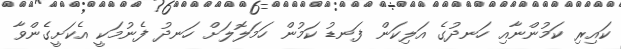
ކައިރި ކަމުންނާއި ހަނދުގެ އަލިކަން ފަނޑު ކަމުން ހަމަލޮލަށް ހަނދު ފެނުމަކީ އެކަށީގެންވާ